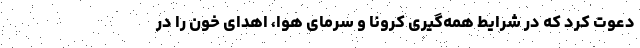
دعوت کرد که در شرایط همه‌گیری کرونا و سرمای هوا، اهدای خون را در